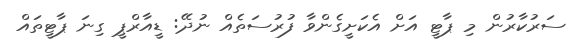
ސަރުކާރުން މި ޕާޓީ އަށް އެކަށީގެންވާ ފުރުސަތެއް ނުދޭ: ޑީއާރްޕީ ގިނަ ޕާޓީތައް